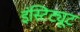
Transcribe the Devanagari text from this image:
इंस्टिट्यूट